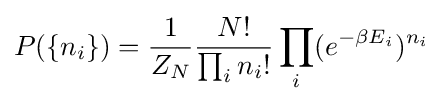
P(\{n_{i}\})={\frac {1}{Z_{N}}}{\frac {N!}{\prod _{i}n_{i}!}}\prod _{i}(e^{-\beta E_{i}})^{n_{i}}